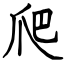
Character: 爬